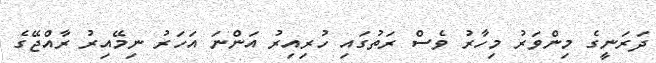
ދަރަނީގެ މިންވަރު މިހާރު ވެސް ރަތުގައި ހުރިއިރު އަންނަ އަހަރު ނިމޭއިރު ރާއްޖޭގެ